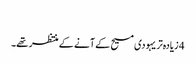
‏
4 زیادہ‌تر یہودی مسیح کے آنے کے منتظر تھے۔